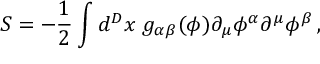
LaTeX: S = - \frac 1 2 \int d ^ { D } x \; g _ { \alpha \beta } ( \phi ) \partial _ { \mu } \phi ^ { \alpha } \partial ^ { \mu } \phi ^ { \beta } \, ,